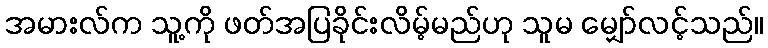
အမားလ်က သူ့ကို ဖတ်အပြခိုင်းလိမ့်မည်ဟု သူမ မျှော်လင့်သည်။